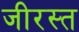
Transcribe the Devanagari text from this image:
जीरस्त